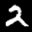
Label: 2